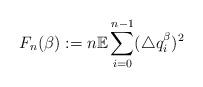
LaTeX: \begin{align*}F_n (\beta) := n\mathbb E \sum_{i=0}^{n-1} (\triangle q_i^\beta)^2\end{align*}